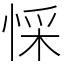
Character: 㥒